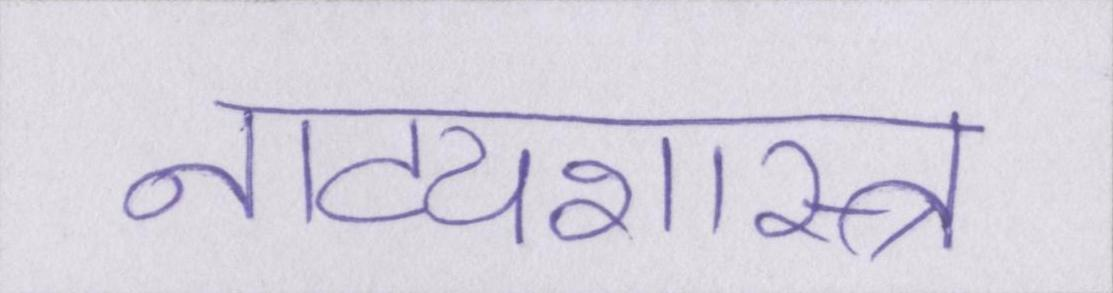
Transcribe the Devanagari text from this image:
नाट्यशास्त्र